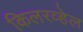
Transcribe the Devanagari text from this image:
किलरव्हेल